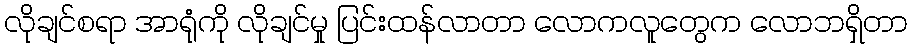
လိုချင်စရာ အာရုံကို လိုချင်မှု ပြင်းထန်လာတာ လောကလူတွေက လောဘရှိတာ